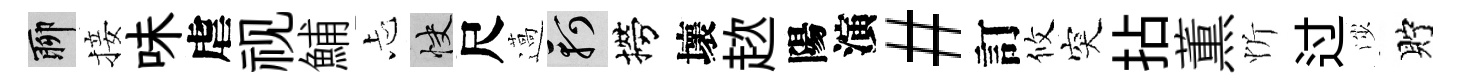
聊接味虐视鯆忐快尺薖軻撈壞趑陽演#訂攸突拈薫忻过渉貯